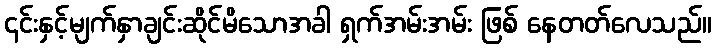
၎င်းနှင့်မျက်နှာချင်းဆိုင်မိသောအခါ ရှက်အမ်းအမ်း ဖြစ် နေတတ်လေသည်။